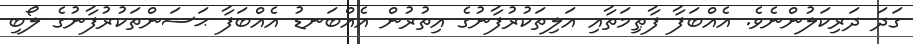
ގަދަ ދަރިކަލުންނެވެ. އެއްބަފާ ފާޠިމަތާއި އަލިތަކުރުފާނުގެ އިތުރުން އެއްބަނޑު އެއްބަފާ ޙަސަންތަކުރުފާނުގެ ލޯބި